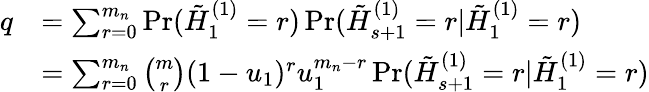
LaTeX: \begin{array}{rl}{q}&{=\sum_{r=0}^{m_{n}}\operatorname*{Pr}(\tilde{{H}}_{1}^{(1)}=r)\operatorname*{Pr}(\tilde{{H}}_{s+1}^{(1)}=r|\tilde{{H}}_{1}^{(1)}=r)}\\ &{=\sum_{r=0}^{m_{n}}\binom{m}{r}(1-u_{1})^{r}u_{1}^{m_{n}-r}\operatorname*{Pr}(\tilde{{H}}_{s+1}^{(1)}=r|\tilde{{H}}_{1}^{(1)}=r)}\end{array}